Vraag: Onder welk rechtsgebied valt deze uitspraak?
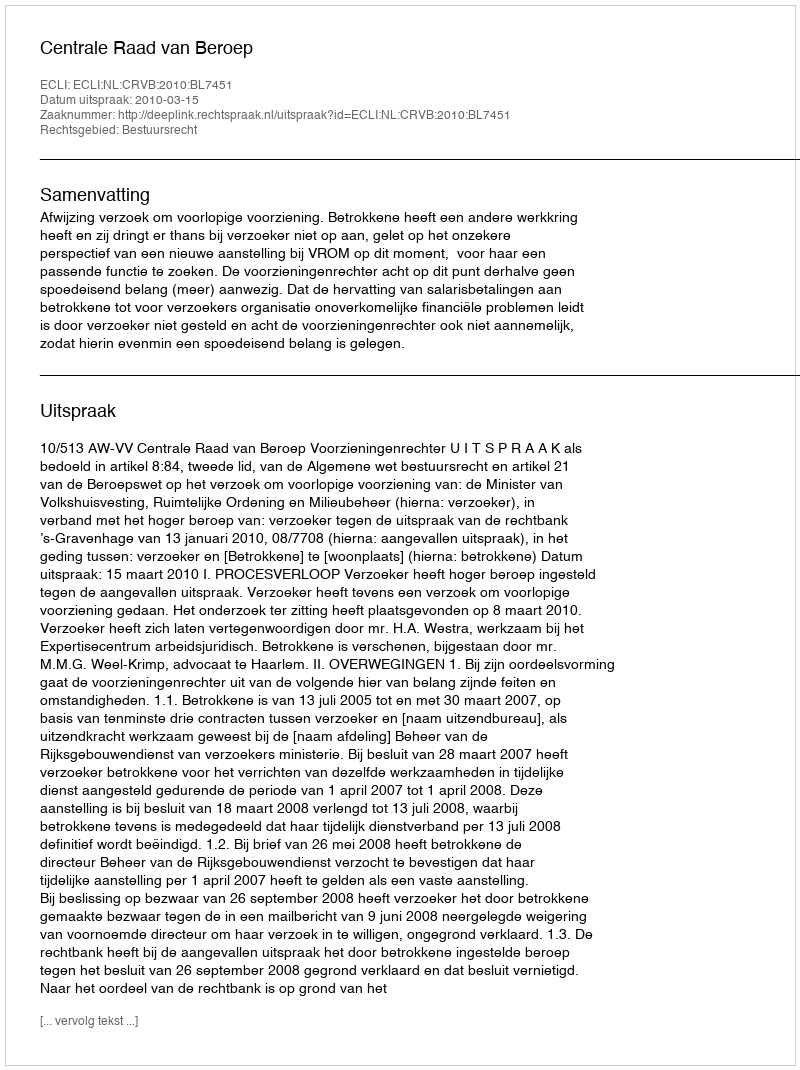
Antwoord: Bestuursrecht